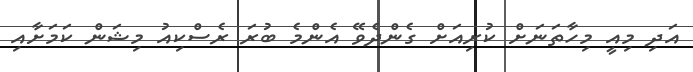
އަދި މިއީ މިހާާތަނަށް ކުރިއަށް ގެންދެވޭ އެންމެ ބުރަ ރެސްކިއު މިޝަން ކަމަށާއި